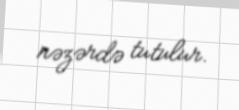
nəzərdə tutulur.